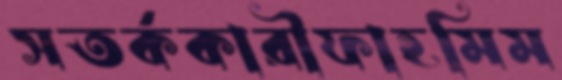
সতর্ককারীফাহমিম